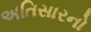
અતિસારનો